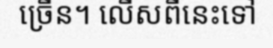
ច្រើន។ លើសពីនេះទៅ